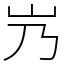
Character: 㞧